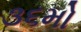
૩૬મો